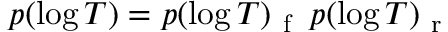
p ( \log T ) = p ( \log T ) _ { \mathrm { ~ f ~ } } \, p ( \log T ) _ { \mathrm { ~ r ~ } }